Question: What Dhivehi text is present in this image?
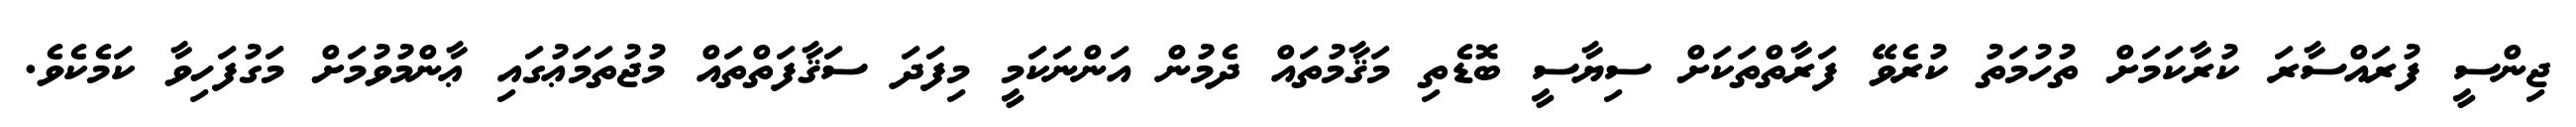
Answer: ޖިންސީ ފުރައްސާރަ ކުރާކަމަށް ތުހުމަތު ކުރެވޭ ފަރާތްތަކަށް ސިޔާސީ ބޮޑެތި މަޤާމުތައް ދެމުން އަންނަކަމީ މިފަދަ ސަޤާފަތްތައް މުޖުތަމަޢުގައި ޢާންމުވުމަށް މަގުފަހިވާ ކަމެކެވެ.